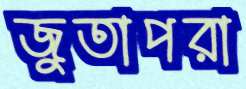
জুতাপরা